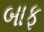
બાફ